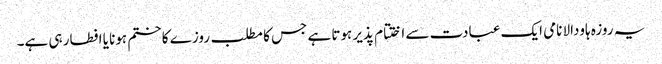
یہ روزہ ہاودالا نامی ایک عبادت سے اختتام پذیر ہوتا ہے جس کا مطلب روزے کا ختم ہونا یا افطار ہی ہے۔